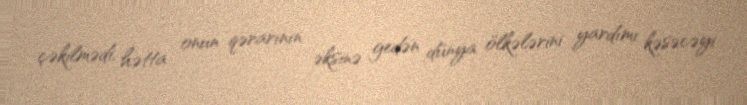
çəkilmədi, hətta onun qərarının əksinə gedən dünya ölkələrini yardımı kəsəcəyi